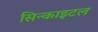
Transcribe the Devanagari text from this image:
सिन्काइटल